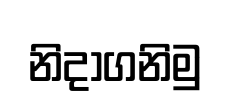
නිදාගනිමු